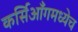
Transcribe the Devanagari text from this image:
कर्सिआँगमध्येच